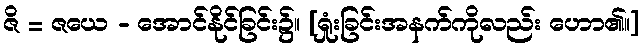
ဇိ = ဇယေ - အောင်နိုင်ခြင်း၌။ [ရှုံးခြင်းအနက်ကိုလည်း ဟော၏။]